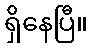
ရှိနေပြီ။